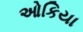
ઓકિયા